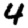
Digit: 4